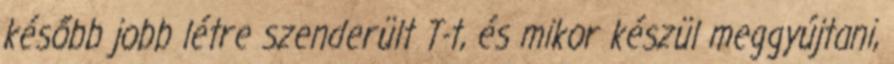
később jobb létre szenderült T-t, és mikor készül meggyújtani,